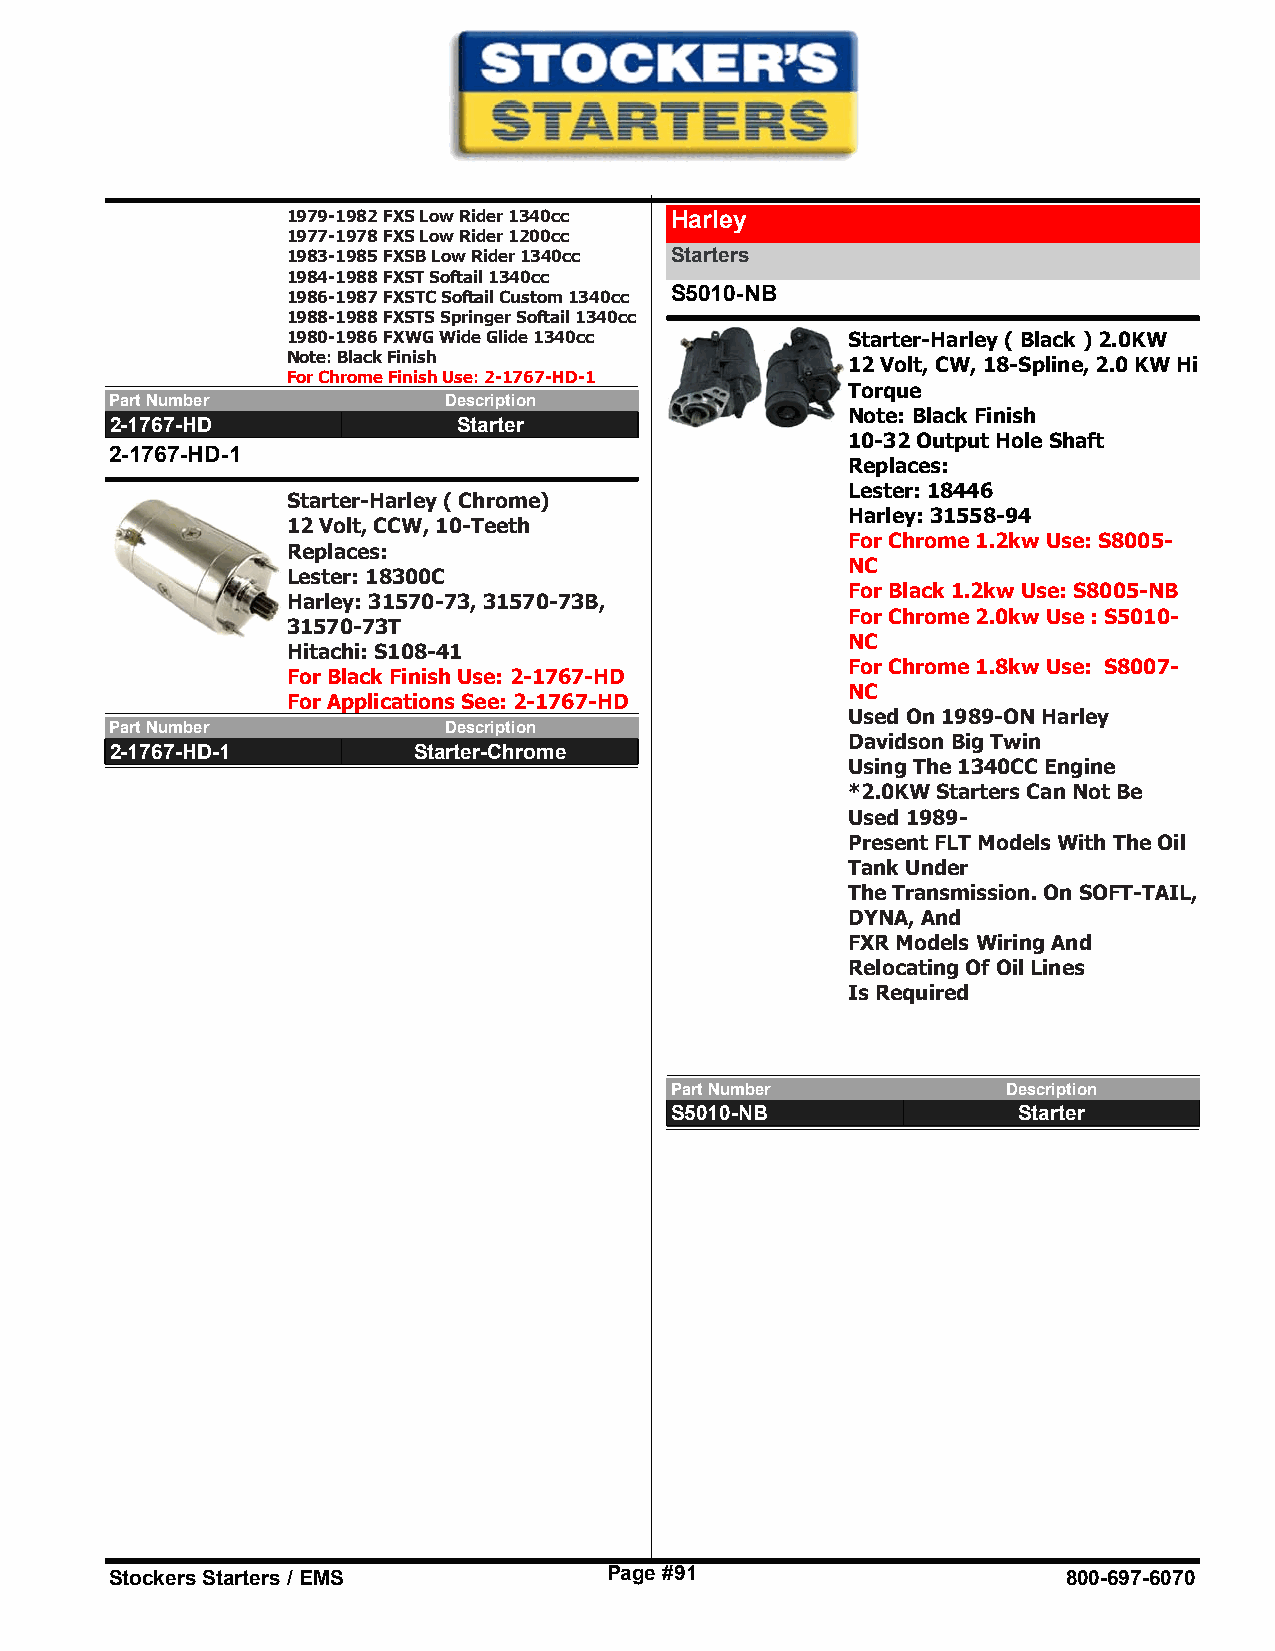
1979-1982 FXS Low Rider 1340cc Harley
 1977-1978 FXS Low Rider 1200cc
 1983-1985 FXSB Low Rider 1340cc Starters
 1984-1988 FXST Softail 1340cc
 1986-1987 FXSTC Softail Custom 1340cc S5010-NB
 1988-1988 FXSTS Springer Softail 1340cc
 1980-1986 FXWG Wide Glide 1340cc     Starter-Harley ( Black ) 2.0KW
 Note: Black Finish
 12 Volt, CW, 18-Spline, 2.0 KW Hi
 For Chrome Finish Use: 2-1767-HD-1
 Torque
 Part Number           Description
 Note: Black Finish
 2-1767-HD              Starter
 10-32 Output Hole Shaft
 2-1767-HD-1
 Replaces:
 Lester: 18446
 Starter-Harley ( Chrome)
 Harley: 31558-94
 12 Volt, CCW, 10-Teeth
 For Chrome 1.2kw Use: S8005-
 Replaces:
 NC
 Lester: 18300C
 For Black 1.2kw Use: S8005-NB
 Harley: 31570-73, 31570-73B,
 For Chrome 2.0kw Use : S5010-
 31570-73T
 NC
 Hitachi: S108-41
 For Chrome 1.8kw Use: S8007-
 For Black Finish Use: 2-1767-HD
 NC
 For Applications See: 2-1767-HD
 Used On 1989-ON Harley
 Part Number           Description
 Davidson Big Twin
 2-1767-HD-1         Starter-Chrome
 Using The 1340CC Engine
 *2.0KW Starters Can Not Be
 Used 1989-
 Present FLT Models With The Oil
 Tank Under
 The Transmission. On SOFT-TAIL,
 DYNA, And
 FXR Models Wiring And
 Relocating Of Oil Lines
 Is Required
 Part Number            Description
 S5010-NB               Starter
 Stockers Starters / EMS          Page #91                       800-697-6070